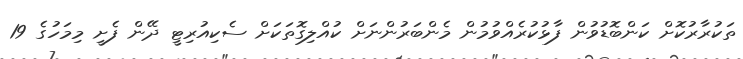
ތަކުރާރުކޮށް ކަންބޮޑުވުން ފާޅުކުރެއްވުމުން މެންބަރުންނަށް ކުއްލިގޮތަކަށް ސެކިއުރިޓީ ދޭން ފެށީ މިމަހުގެ 19